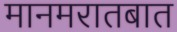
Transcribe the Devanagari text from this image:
मानमरातबात